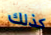
كذلك